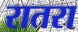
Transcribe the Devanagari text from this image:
रातरा